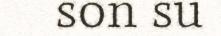
son su